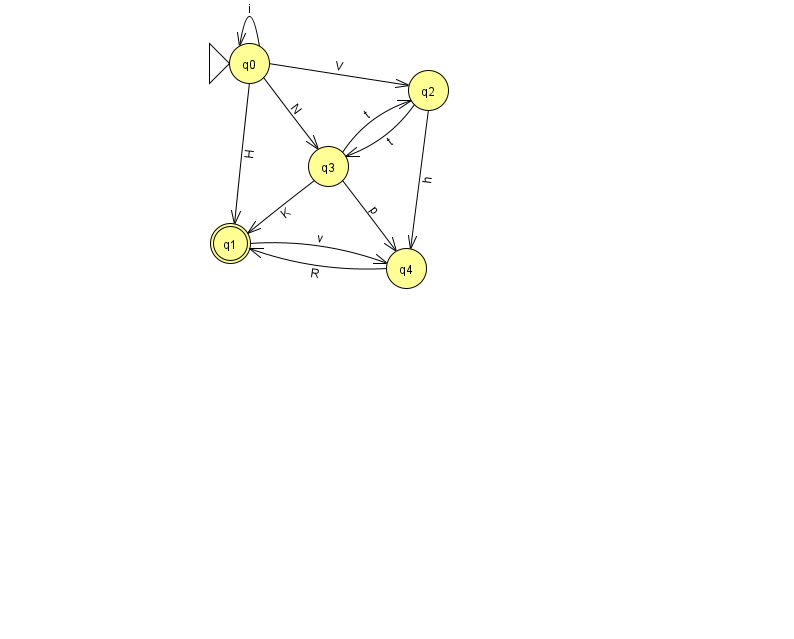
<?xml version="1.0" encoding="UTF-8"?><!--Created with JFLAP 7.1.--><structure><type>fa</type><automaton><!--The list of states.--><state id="0" name="q0"><x>249.0</x><y>50.0</y><initial/></state><state id="1" name="q1"><x>230.0</x><y>230.0</y><final/></state><state id="2" name="q2"><x>428.0</x><y>77.0</y></state><state id="3" name="q3"><x>328.0</x><y>153.0</y></state><state id="4" name="q4"><x>406.0</x><y>255.0</y></state><!--The list of transitions.--><transition><from>1</from><to>4</to><read>v</read></transition><transition><from>2</from><to>4</to><read>h</read></transition><transition><from>3</from><to>1</to><read>K</read></transition><transition><from>4</from><to>1</to><read>R</read></transition><transition><from>0</from><to>3</to><read>N</read></transition><transition><from>2</from><to>3</to><read>t</read></transition><transition><from>3</from><to>2</to><read>t</read></transition><transition><from>0</from><to>0</to><read>i</read></transition><transition><from>3</from><to>4</to><read>p</read></transition><transition><from>0</from><to>1</to><read>H</read></transition><transition><from>0</from><to>2</to><read>V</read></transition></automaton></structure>